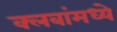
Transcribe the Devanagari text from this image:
क्लबांमध्ये